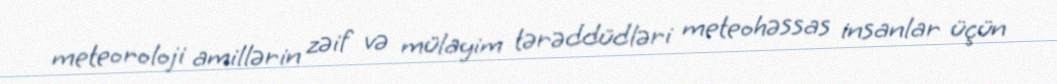
meteoroloji amillərin zəif və mülayim tərəddüdləri meteohəssas insanlar üçün